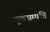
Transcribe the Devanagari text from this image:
सुखसम्पत्ति